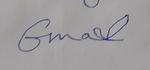
Signature authenticity: forged